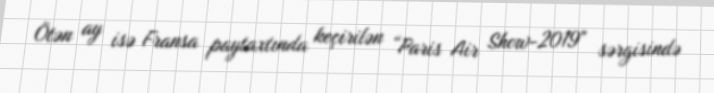
Ötən ay isə Fransa paytaxtında keçirilən “Paris Air Show-2019" sərgisində